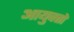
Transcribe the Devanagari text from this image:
आयुक्‍तों